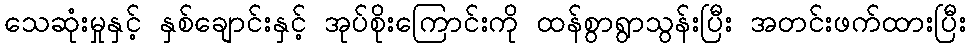
သေဆုံးမှုနှင့် နှစ်ချောင်းနှင့် အုပ်စိုးကြောင်းကို ထန်စွာရွာသွန်းပြီး အတင်းဖက်ထားပြီး